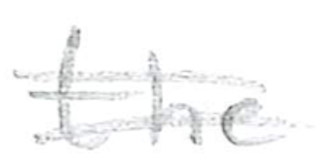
Text: the
Cross-out: double-line
Writing tool: pencil